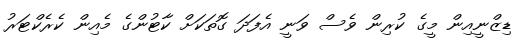
ޑިޒްނީއިން މީގެ ކުރިން ވެސް ވަނީ އެފަދަ ގޮތަކަށް ކާޓުންގެ މެއިން ކެރެކްޓަރު